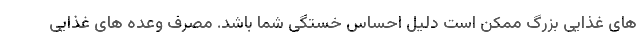
های غذایی بزرگ ممکن است دلیل احساس خستگی شما باشد. مصرف وعده های غذایی